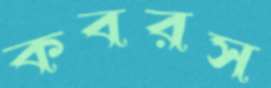
কবরস